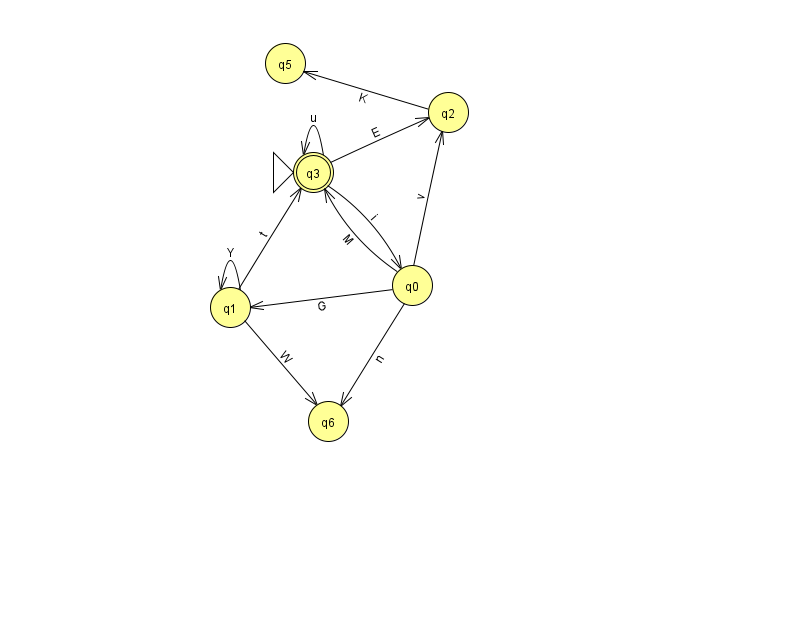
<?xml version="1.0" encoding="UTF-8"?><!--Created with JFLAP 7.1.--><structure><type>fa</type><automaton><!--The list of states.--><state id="0" name="q0"><x>412.0</x><y>272.0</y></state><state id="1" name="q1"><x>230.0</x><y>294.0</y></state><state id="2" name="q2"><x>448.0</x><y>99.0</y></state><state id="3" name="q3"><x>313.0</x><y>159.0</y><initial/><final/></state><state id="5" name="q5"><x>285.0</x><y>50.0</y></state><state id="6" name="q6"><x>328.0</x><y>408.0</y></state><!--The list of transitions.--><transition><from>2</from><to>5</to><read>K</read></transition><transition><from>1</from><to>6</to><read>W</read></transition><transition><from>0</from><to>1</to><read>G</read></transition><transition><from>3</from><to>3</to><read>u</read></transition><transition><from>1</from><to>3</to><read>t</read></transition><transition><from>3</from><to>0</to><read>i</read></transition><transition><from>1</from><to>1</to><read>Y</read></transition><transition><from>0</from><to>3</to><read>M</read></transition><transition><from>3</from><to>2</to><read>E</read></transition><transition><from>0</from><to>2</to><read>v</read></transition><transition><from>0</from><to>6</to><read>n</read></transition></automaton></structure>